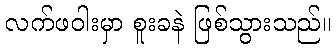
လက်ဖဝါးမှာ စူးခနဲ ဖြစ်သွားသည်။